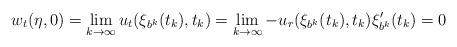
LaTeX: \begin{align*}w_t(\eta, 0)=\lim_{k\to\infty}u_t(\xi_{b^k}(t_k), t_k)=\lim_{k\to\infty}-u_r(\xi_{b^k}(t_k), t_k)\xi'_{b^k}(t_k)=0\end{align*}